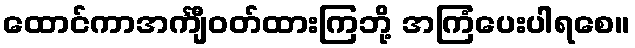
ထောင်ကာအင်္ကျီဝတ်ထားကြဘို့ အကြံပေးပါရစေ။